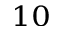
^ { 1 0 }